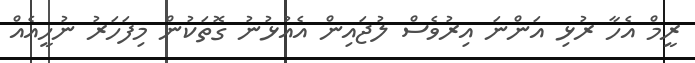
ރީމް އެހާ ރުޅި އަންނަ އިރުވެސް ލުޖައިން އެއުޅުނު ގޮތަކުން މިފަހަރު ނުހީއެއް